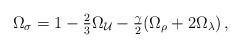
LaTeX: \begin{align*}\Omega_\sigma = 1-\textstyle{2\over3}\Omega_{\cal U}-\textstyle{\gamma\over2}(\Omega_\rho+2\Omega_\lambda) \,,\end{align*}